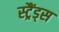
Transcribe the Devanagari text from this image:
स्ट्रैंड्स